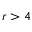
r > 4